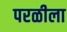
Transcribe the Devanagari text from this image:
परळीला